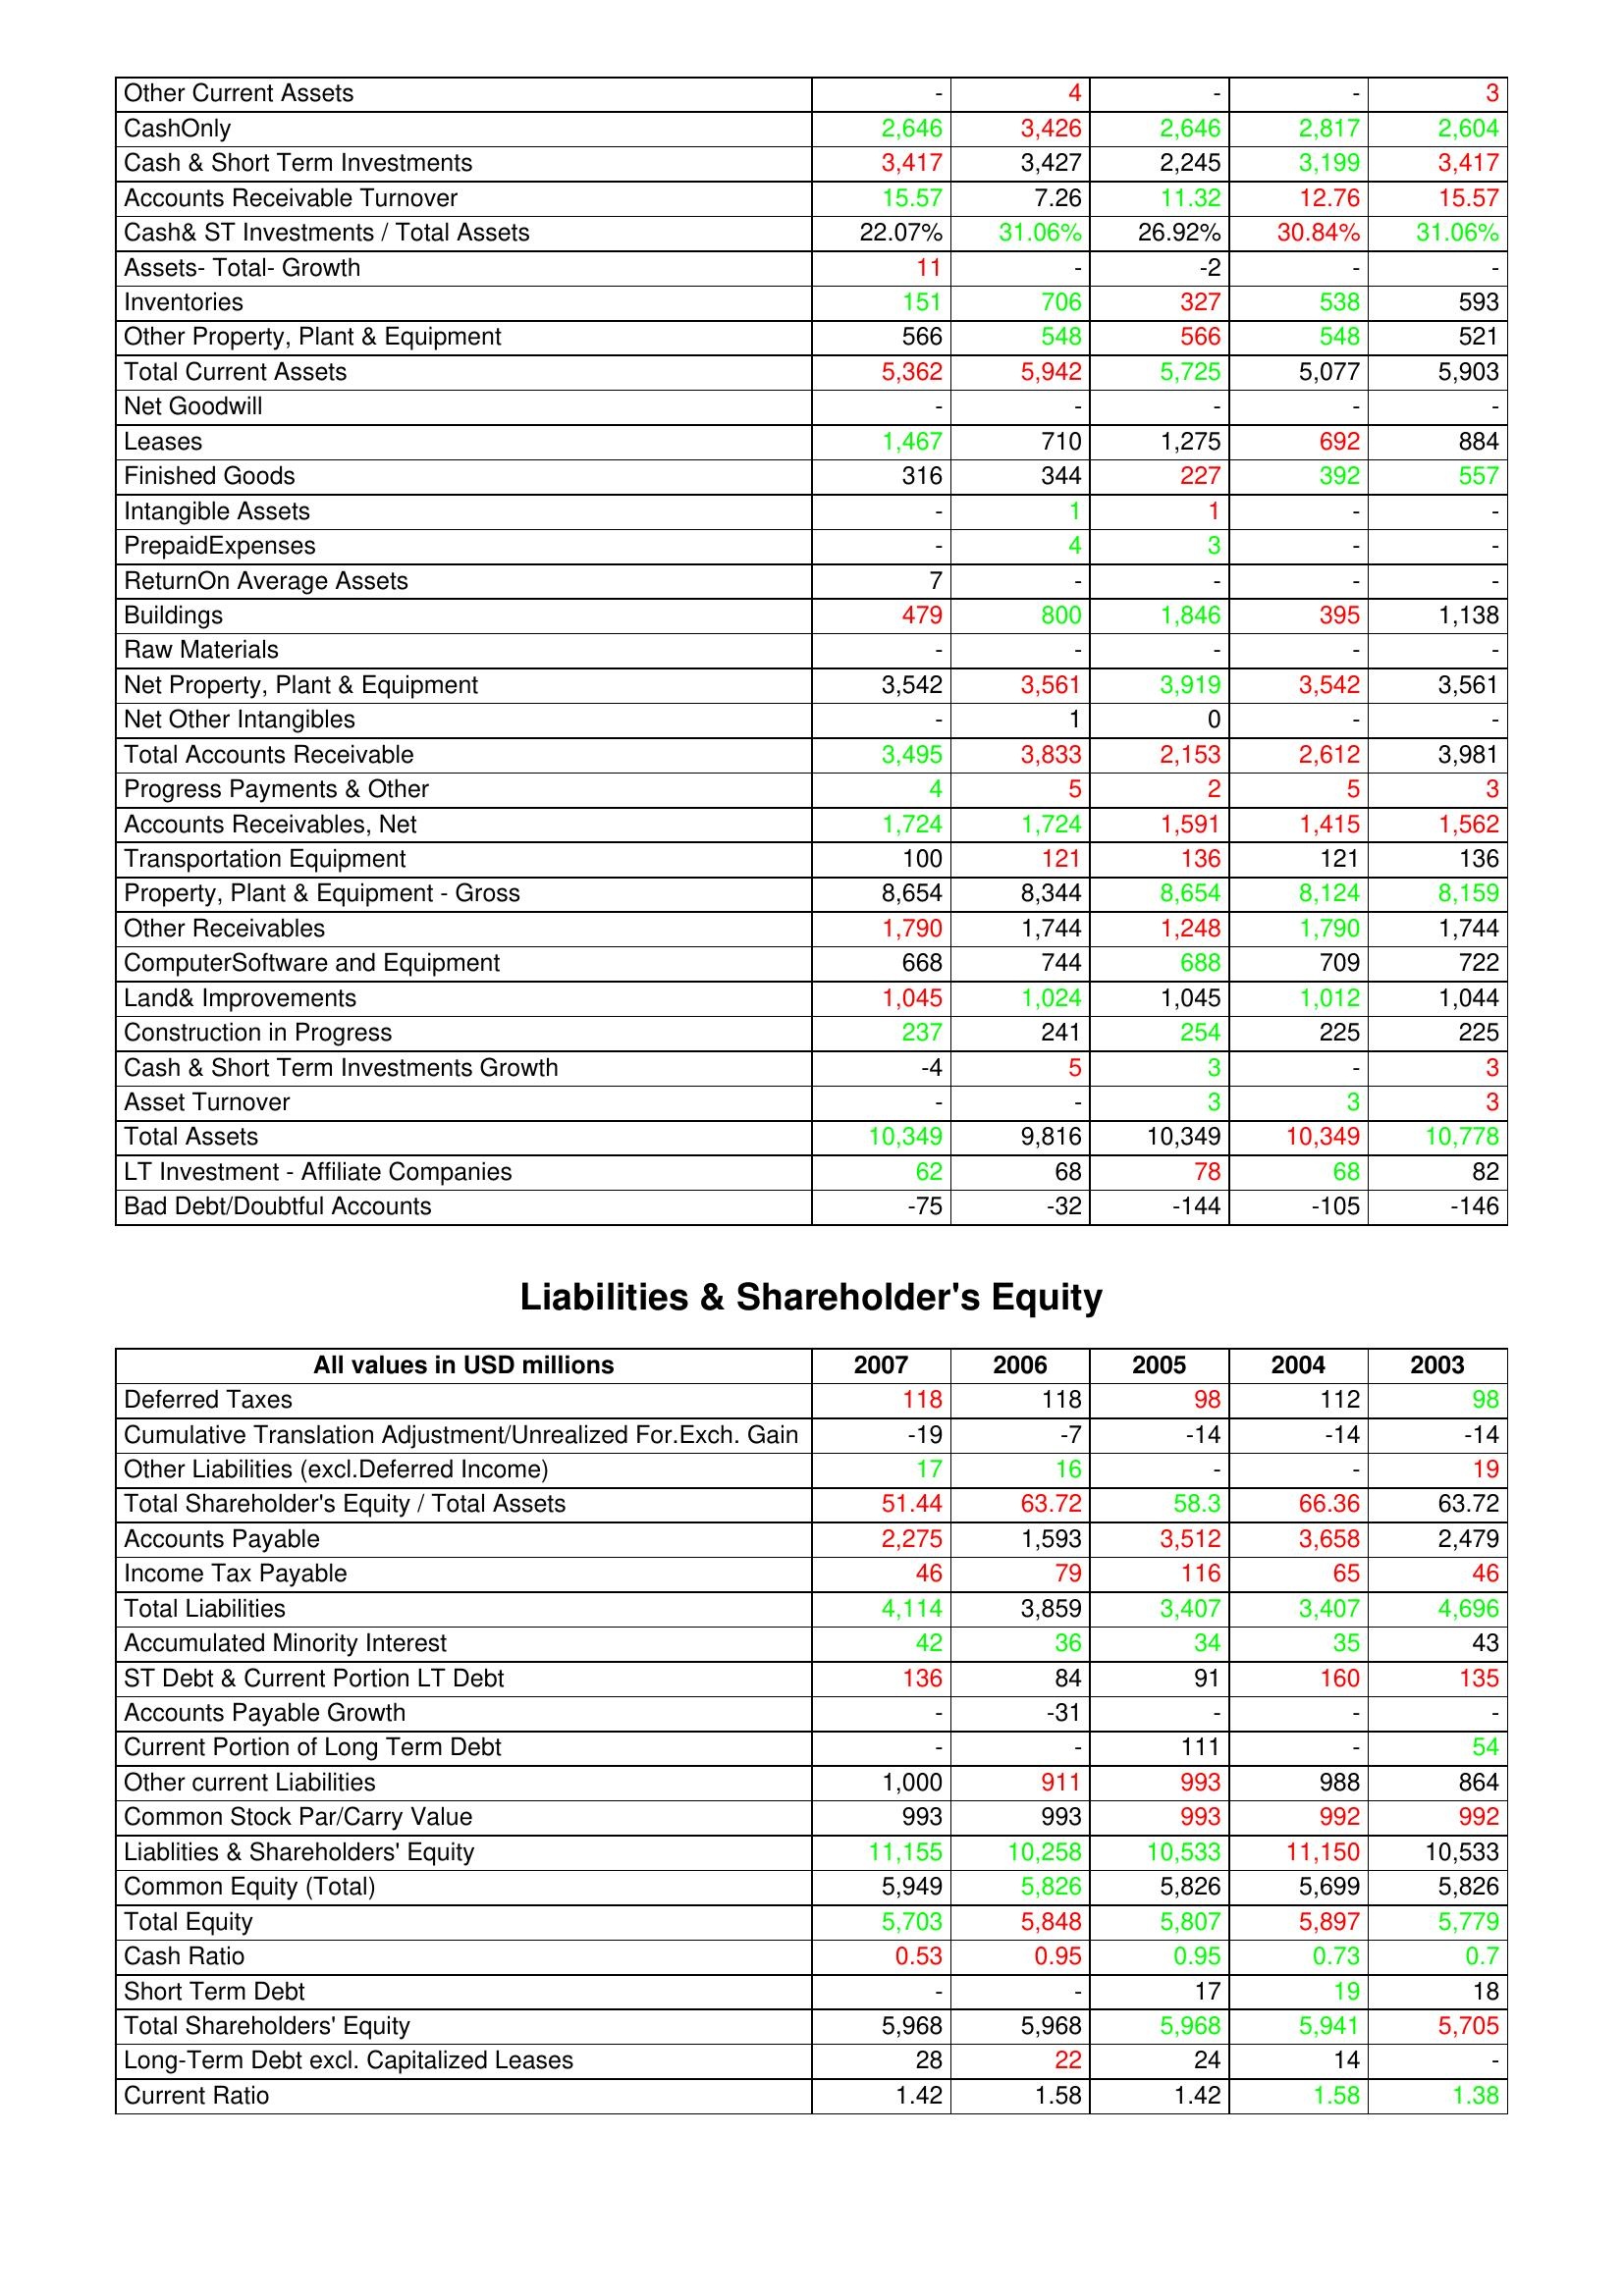
gt_parse: 2007: Assets: Other Current Assets: -
CashOnly: 2,646
Cash & Short Term Investments: 3,417
Accounts Receivable Turnover: 15.57
Cash& ST Investments / Total Assets: 22.07%
Assets- Total- Growth: 11
Inventories: 151
Other Property, Plant & Equipment: 566
Total Current Assets: 5,362
Net Goodwill: -
Leases: 1,467
Finished Goods: 316
Intangible Assets: -
PrepaidExpenses: -
ReturnOn Average Assets: 7
Buildings: 479
Raw Materials: -
Net Property, Plant & Equipment: 3,542
Net Other Intangibles: -
Total Accounts Receivable: 3,495
Progress Payments & Other: 4
Accounts Receivables, Net: 1,724
Transportation Equipment: 100
Property, Plant & Equipment - Gross : 8,654
Other Receivables: 1,790
ComputerSoftware and Equipment: 668
Land& Improvements: 1,045
Construction in Progress: 237
Cash & Short Term Investments Growth: -4
Asset Turnover: -
Total Assets: 10,349
LT Investment - Affiliate Companies: 62
Bad Debt/Doubtful Accounts: -75
Liabilities & Shareholder's Equity: Deferred Taxes: 118
Cumulative Translation Adjustment/Unrealized For.Exch. Gain: -19
Other Liabilities (excl.Deferred Income): 17
Total Shareholder's Equity / Total Assets: 51.44
Accounts Payable: 2,275
Income Tax Payable: 46
Total Liabilities: 4,114
Accumulated Minority Interest: 42
ST Debt & Current Portion LT Debt: 136
Accounts Payable Growth: -
Current Portion of Long Term Debt: -
Other current Liabilities: 1,000
Common Stock Par/Carry Value: 993
Liablities & Shareholders' Equity: 11,155
Common Equity (Total): 5,949
Total Equity: 5,703
Cash Ratio: 0.53
Short Term Debt: -
Total Shareholders' Equity: 5,968
Long-Term Debt excl. Capitalized Leases: 28
Current Ratio: 1.42
2006: Assets: Other Current Assets: 4
CashOnly: 3,426
Cash & Short Term Investments: 3,427
Accounts Receivable Turnover: 7.26
Cash& ST Investments / Total Assets: 31.06%
Assets- Total- Growth: -
Inventories: 706
Other Property, Plant & Equipment: 548
Total Current Assets: 5,942
Net Goodwill: -
Leases: 710
Finished Goods: 344
Intangible Assets: 1
PrepaidExpenses: 4
ReturnOn Average Assets: -
Buildings: 800
Raw Materials: -
Net Property, Plant & Equipment: 3,561
Net Other Intangibles: 1
Total Accounts Receivable: 3,833
Progress Payments & Other: 5
Accounts Receivables, Net: 1,724
Transportation Equipment: 121
Property, Plant & Equipment - Gross : 8,344
Other Receivables: 1,744
ComputerSoftware and Equipment: 744
Land& Improvements: 1,024
Construction in Progress: 241
Cash & Short Term Investments Growth: 5
Asset Turnover: -
Total Assets: 9,816
LT Investment - Affiliate Companies: 68
Bad Debt/Doubtful Accounts: -32
Liabilities & Shareholder's Equity: Deferred Taxes: 118
Cumulative Translation Adjustment/Unrealized For.Exch. Gain: -7
Other Liabilities (excl.Deferred Income): 16
Total Shareholder's Equity / Total Assets: 63.72
Accounts Payable: 1,593
Income Tax Payable: 79
Total Liabilities: 3,859
Accumulated Minority Interest: 36
ST Debt & Current Portion LT Debt: 84
Accounts Payable Growth: -31
Current Portion of Long Term Debt: -
Other current Liabilities: 911
Common Stock Par/Carry Value: 993
Liablities & Shareholders' Equity: 10,258
Common Equity (Total): 5,826
Total Equity: 5,848
Cash Ratio: 0.95
Short Term Debt: -
Total Shareholders' Equity: 5,968
Long-Term Debt excl. Capitalized Leases: 22
Current Ratio: 1.58
2005: Assets: Other Current Assets: -
CashOnly: 2,646
Cash & Short Term Investments: 2,245
Accounts Receivable Turnover: 11.32
Cash& ST Investments / Total Assets: 26.92%
Assets- Total- Growth: -2
Inventories: 327
Other Property, Plant & Equipment: 566
Total Current Assets: 5,725
Net Goodwill: -
Leases: 1,275
Finished Goods: 227
Intangible Assets: 1
PrepaidExpenses: 3
ReturnOn Average Assets: -
Buildings: 1,846
Raw Materials: -
Net Property, Plant & Equipment: 3,919
Net Other Intangibles: 0
Total Accounts Receivable: 2,153
Progress Payments & Other: 2
Accounts Receivables, Net: 1,591
Transportation Equipment: 136
Property, Plant & Equipment - Gross : 8,654
Other Receivables: 1,248
ComputerSoftware and Equipment: 688
Land& Improvements: 1,045
Construction in Progress: 254
Cash & Short Term Investments Growth: 3
Asset Turnover: 3
Total Assets: 10,349
LT Investment - Affiliate Companies: 78
Bad Debt/Doubtful Accounts: -144
Liabilities & Shareholder's Equity: Deferred Taxes: 98
Cumulative Translation Adjustment/Unrealized For.Exch. Gain: -14
Other Liabilities (excl.Deferred Income): -
Total Shareholder's Equity / Total Assets: 58.3
Accounts Payable: 3,512
Income Tax Payable: 116
Total Liabilities: 3,407
Accumulated Minority Interest: 34
ST Debt & Current Portion LT Debt: 91
Accounts Payable Growth: -
Current Portion of Long Term Debt: 111
Other current Liabilities: 993
Common Stock Par/Carry Value: 993
Liablities & Shareholders' Equity: 10,533
Common Equity (Total): 5,826
Total Equity: 5,807
Cash Ratio: 0.95
Short Term Debt: 17
Total Shareholders' Equity: 5,968
Long-Term Debt excl. Capitalized Leases: 24
Current Ratio: 1.42
2004: Assets: Other Current Assets: -
CashOnly: 2,817
Cash & Short Term Investments: 3,199
Accounts Receivable Turnover: 12.76
Cash& ST Investments / Total Assets: 30.84%
Assets- Total- Growth: -
Inventories: 538
Other Property, Plant & Equipment: 548
Total Current Assets: 5,077
Net Goodwill: -
Leases: 692
Finished Goods: 392
Intangible Assets: -
PrepaidExpenses: -
ReturnOn Average Assets: -
Buildings: 395
Raw Materials: -
Net Property, Plant & Equipment: 3,542
Net Other Intangibles: -
Total Accounts Receivable: 2,612
Progress Payments & Other: 5
Accounts Receivables, Net: 1,415
Transportation Equipment: 121
Property, Plant & Equipment - Gross : 8,124
Other Receivables: 1,790
ComputerSoftware and Equipment: 709
Land& Improvements: 1,012
Construction in Progress: 225
Cash & Short Term Investments Growth: -
Asset Turnover: 3
Total Assets: 10,349
LT Investment - Affiliate Companies: 68
Bad Debt/Doubtful Accounts: -105
Liabilities & Shareholder's Equity: Deferred Taxes: 112
Cumulative Translation Adjustment/Unrealized For.Exch. Gain: -14
Other Liabilities (excl.Deferred Income): -
Total Shareholder's Equity / Total Assets: 66.36
Accounts Payable: 3,658
Income Tax Payable: 65
Total Liabilities: 3,407
Accumulated Minority Interest: 35
ST Debt & Current Portion LT Debt: 160
Accounts Payable Growth: -
Current Portion of Long Term Debt: -
Other current Liabilities: 988
Common Stock Par/Carry Value: 992
Liablities & Shareholders' Equity: 11,150
Common Equity (Total): 5,699
Total Equity: 5,897
Cash Ratio: 0.73
Short Term Debt: 19
Total Shareholders' Equity: 5,941
Long-Term Debt excl. Capitalized Leases: 14
Current Ratio: 1.58
2003: Assets: Other Current Assets: 3
CashOnly: 2,604
Cash & Short Term Investments: 3,417
Accounts Receivable Turnover: 15.57
Cash& ST Investments / Total Assets: 31.06%
Assets- Total- Growth: -
Inventories: 593
Other Property, Plant & Equipment: 521
Total Current Assets: 5,903
Net Goodwill: -
Leases: 884
Finished Goods: 557
Intangible Assets: -
PrepaidExpenses: -
ReturnOn Average Assets: -
Buildings: 1,138
Raw Materials: -
Net Property, Plant & Equipment: 3,561
Net Other Intangibles: -
Total Accounts Receivable: 3,981
Progress Payments & Other: 3
Accounts Receivables, Net: 1,562
Transportation Equipment: 136
Property, Plant & Equipment - Gross : 8,159
Other Receivables: 1,744
ComputerSoftware and Equipment: 722
Land& Improvements: 1,044
Construction in Progress: 225
Cash & Short Term Investments Growth: 3
Asset Turnover: 3
Total Assets: 10,778
LT Investment - Affiliate Companies: 82
Bad Debt/Doubtful Accounts: -146
Liabilities & Shareholder's Equity: Deferred Taxes: 98
Cumulative Translation Adjustment/Unrealized For.Exch. Gain: -14
Other Liabilities (excl.Deferred Income): 19
Total Shareholder's Equity / Total Assets: 63.72
Accounts Payable: 2,479
Income Tax Payable: 46
Total Liabilities: 4,696
Accumulated Minority Interest: 43
ST Debt & Current Portion LT Debt: 135
Accounts Payable Growth: -
Current Portion of Long Term Debt: 54
Other current Liabilities: 864
Common Stock Par/Carry Value: 992
Liablities & Shareholders' Equity: 10,533
Common Equity (Total): 5,826
Total Equity: 5,779
Cash Ratio: 0.7
Short Term Debt: 18
Total Shareholders' Equity: 5,705
Long-Term Debt excl. Capitalized Leases: -
Current Ratio: 1.38